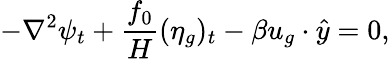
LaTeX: -\nabla^{2}\psi_{t}+\frac{f_{0}}{H}(\eta_{g})_{t}-\beta u_{g}\cdot\hat{y}=0,